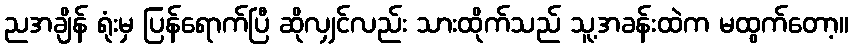
ညအချိန် ရုံးမှ ပြန်ရောက်ပြီ ဆိုလျှင်လည်း သားထိုက်သည် သူ့အခန်းထဲက မထွက်တော့။